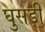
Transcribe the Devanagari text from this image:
घुसड़ी